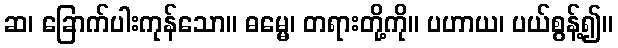
ဆ၊ ခြောက်ပါးကုန်သော။ ဓမ္မေ၊ တရားတို့ကို။ ပဟာယ၊ ပယ်စွန့်၍။